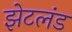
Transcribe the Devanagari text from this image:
झेटलंड